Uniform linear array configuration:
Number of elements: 16
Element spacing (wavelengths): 0.75
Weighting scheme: cosine
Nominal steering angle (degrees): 0
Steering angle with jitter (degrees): -0.2041
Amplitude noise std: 0.05
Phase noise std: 0.05

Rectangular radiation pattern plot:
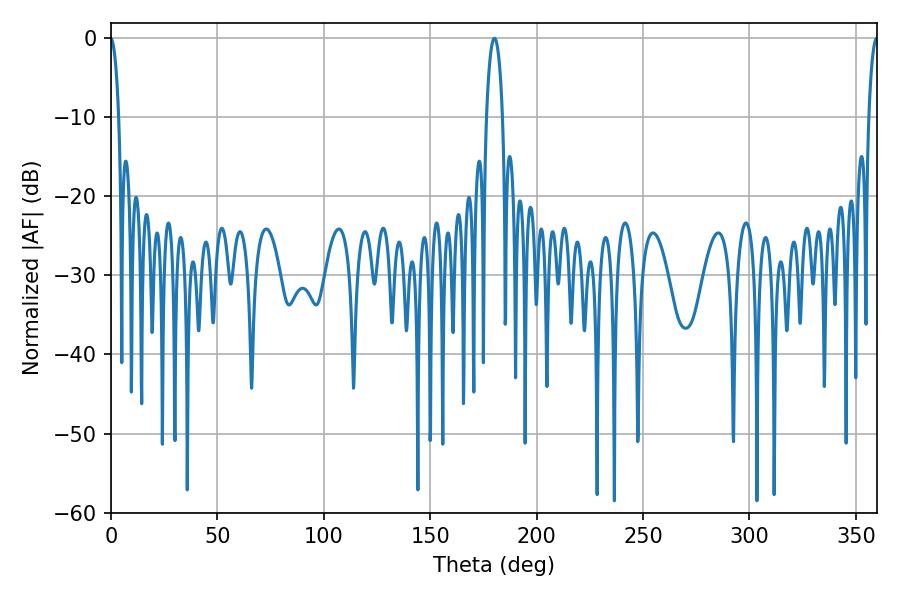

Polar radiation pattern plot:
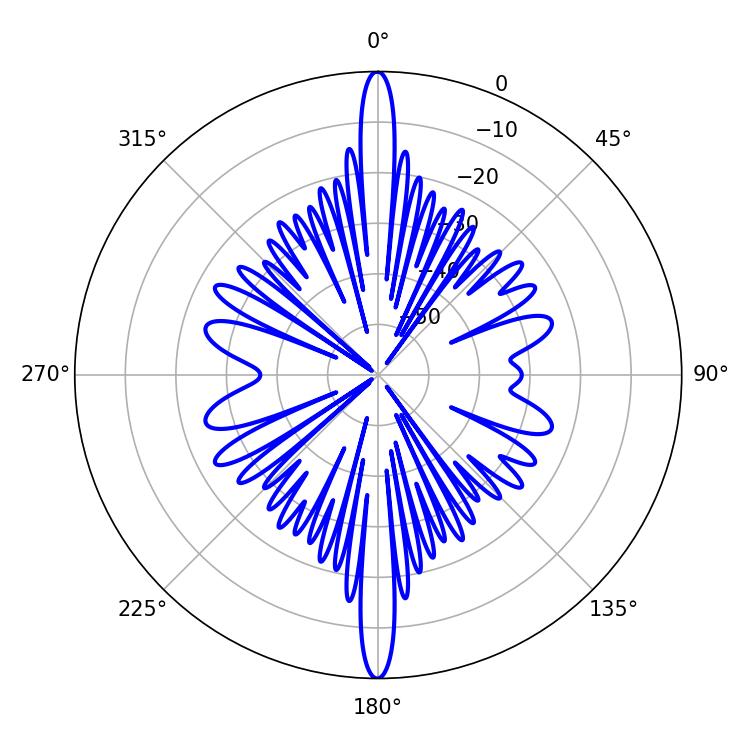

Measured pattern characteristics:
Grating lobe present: TRUE
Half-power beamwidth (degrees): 4.32
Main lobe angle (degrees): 180.18